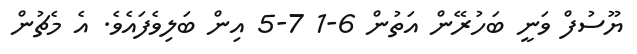
ޔޫސުފް ވަނީ ބަހުރޭން އަތުން 6-1 7-5 އިން ބަލިވެފައެވެ. އެ މެޗުން